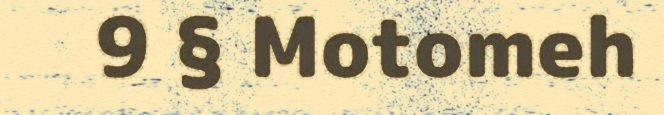
9 § Motomeh